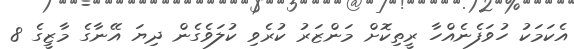
އެކަމަކު ހުވަފެނެއްހާ ރީތިކޮށް މަންޒަރު ކުރެވި ކުލަވެގެން ދިޔަ އޭނާގެ މާޒީގެ 8